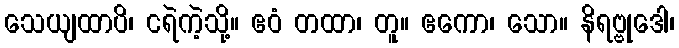
သေယျထာပိ၊ ငရဲကဲ့သို့။ ဧဝံ တထာ၊ တူ။ ဧကော၊ သော။ နိရဗ္ဗုဒေါ၊